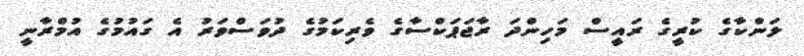
ލަންކާގެ ކުރީގެ ރައީސް މަހިންދަ ރާޖަޕަކްސާގެ ވެރިކަމުގެ ދުވަސްވަރު އެ ގައުމުގެ އުމްރާނީ